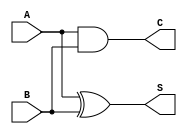
module halfAdderAssign(A,B,C,S);
	input A,B;
	output C,S;
	wire w1,w2;

assign S=A^B;
assign C=A&B;
endmodule

module gatelevel_stimulus_generator(x,y);
	output reg x,y;
		
	initial
	begin
		
		x=0;
		y=0;
		
		$dumpfile("halfAdder.vcd");
		$dumpvars;
		x=0; y=0; 
		#2
		x=0; y=1; 
		#2
		x=1; y=0; 
		#2
		x=1; y=1; 
		#2
		
		$finish;
	end
endmodule

module gatelevel_testbench();
	wire A,B;
	
	halfAdderAssign HA(A,B,C,S);
	gatelevel_stimulus_generator GLSG(A,B);
endmodule